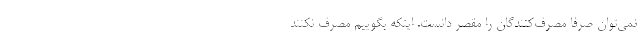
نمی‌توان صرفا مصرف‌کنندگان را مقصر دانست. اینکه بگوییم مصرف نکنند